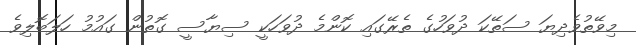
މިވޭތުވެދިޔަ ސަތޭކަ ދުވަހުގެ ތެރޭގައި ކޮންމެ ދުވަހަކީ ސިޔާސީ ގޮތުން ގައުމު ހަލަބޮލިވެ